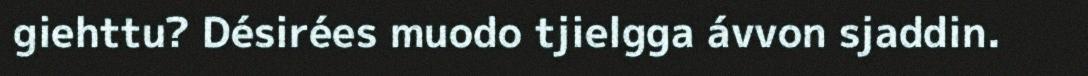
giehttu? Désirées muodo tjielgga ávvon sjaddin.